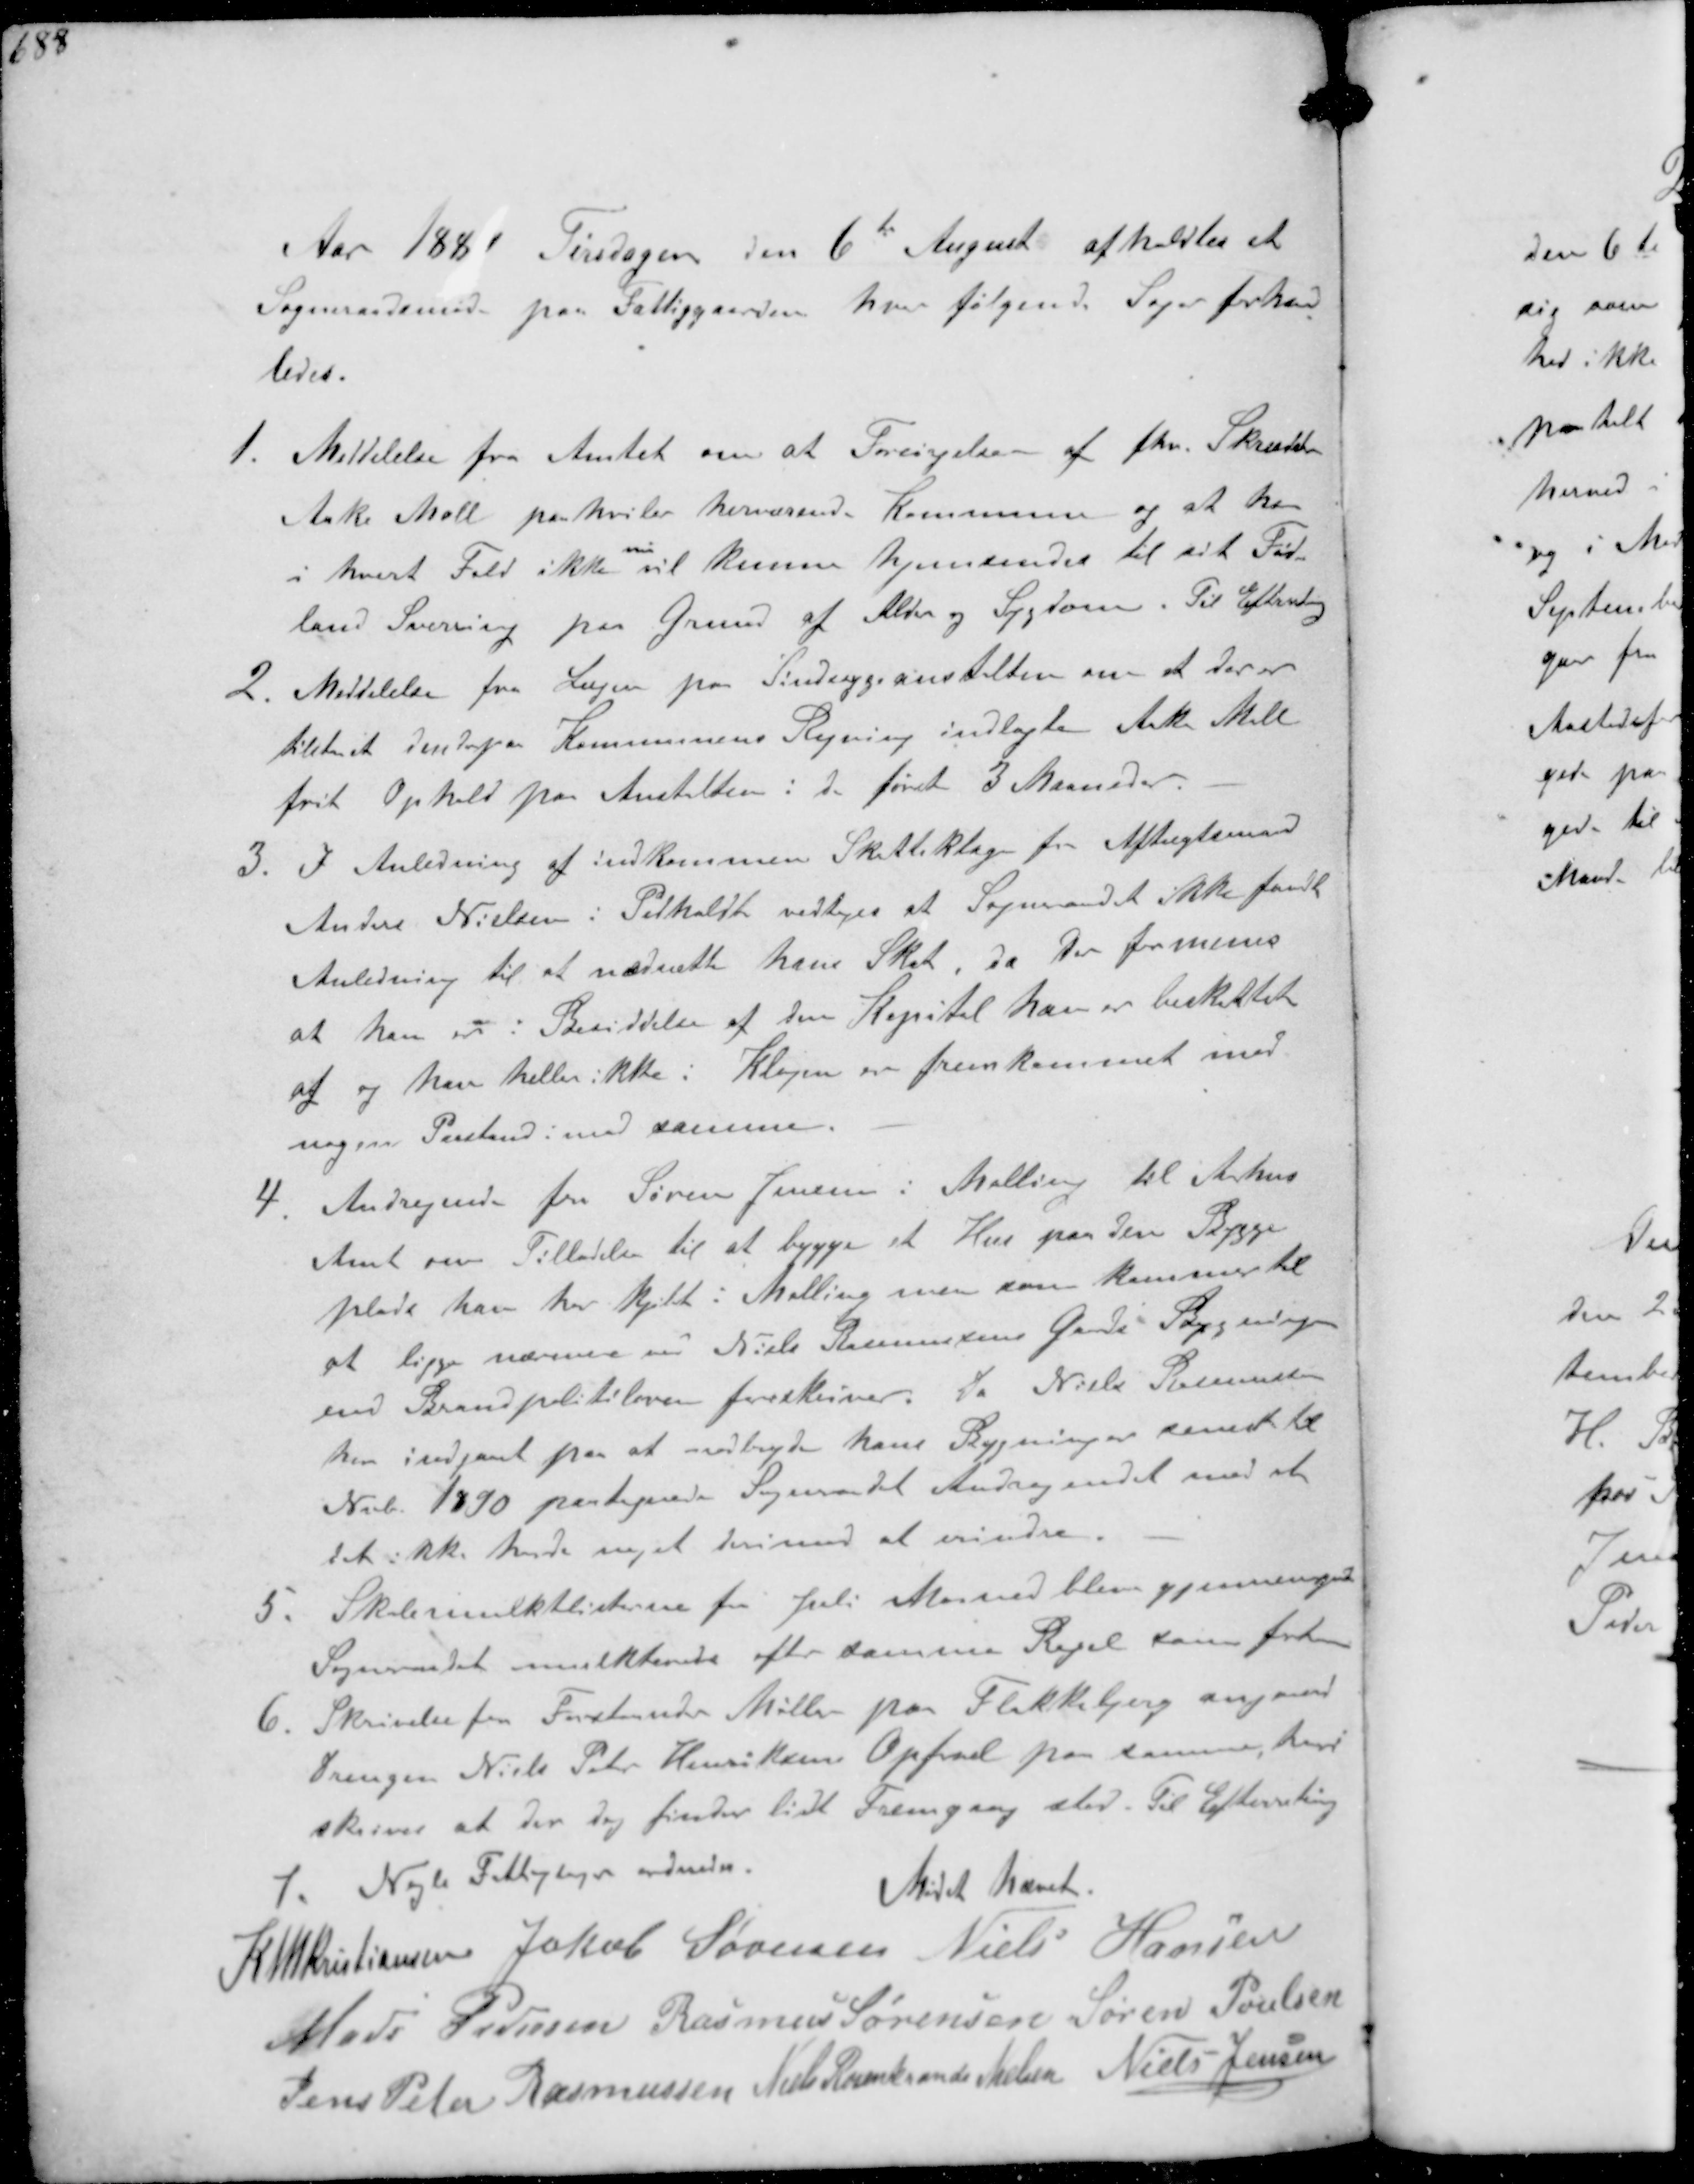
Transskription:
Aar 1880 Tirsdagen den 6te August afholdtes et
Sogneraadsmøde paa Fattiggaarden hvor følgende Sager forhand-
ledes.
1. Meddelelse fra Amtet om at Forsørgelse af fhv. Skrædder
Aake Moll paahviler herværende Kommune og at han
i hvert Fald ikke
nu
vil kunne hjemsendes til sit Fød-
land Sverrig paa Grund af Alder og Sygdom. Til Efterretning.
2. Meddelelse fra Lægen paa Sindsygeanstalten om at der er
tilstaaet den der paa Kommunens Regning indlagte Aake Moll.
frit Ophold paa Anstalten i de første 3 Maaneder
3. I Anledning af indkommen Skatteklage fra Aftægtsmand
Anders Nielsen i Pedholdt vedtoges at Sogneraadet ikke fandt
Anledning til at nedsætte hans Skat da der formenes
at han er Besiddelse af den Kapital han er beskattet
af og han heller ikke i Klagen er fremkommet med
nogen Paastand imod samme.
4. Andragende fra Søren Jensen i Malling til Århus
Amt om Tilladelse til at bygge et Hus paa den Bygge-
plads han har kjøbt i Malling men som kommer til
at ligge nærmere Niels Rasmussens Gaards Bygning
end Brandpolitiloven foreskriver da Niels Rasmussen
har indgaaet paa at nedbryde hans Bygninger senest til
Nvb. 1890 noterede Sogneraadet Andragendet med at
det ikke havde noget herimod at erindre.
5. Skolemulktlisterne for Juli Maaned blev gjennemgaaede
Sogneraadet mulkterede efter samme Regel som førhen
6. Skrivelse fra Forstander Møller paa Flakkebjerg angaaende
Drengen Niels Peter Henriksens Ophold har samme heri
skrives at der dog finder lidt Fremgang sted. Til Efterretning
7. Nogle Fattigsager ordnedes.
Mødet hævet
K N M Kristiansen Jakob Sørensen Niels Hansen
Mads Pedersen Rasmus Sørensen Søren Poulsen
Jens Peter Rasmussen Niels Rosenkrands Nielsen Niels Jensen